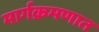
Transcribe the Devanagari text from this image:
मार्गक्रमणात